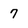
Character: 7